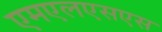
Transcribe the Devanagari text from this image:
एमएलएसएस